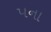
પના